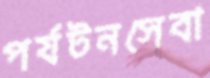
পর্যটনসেবা